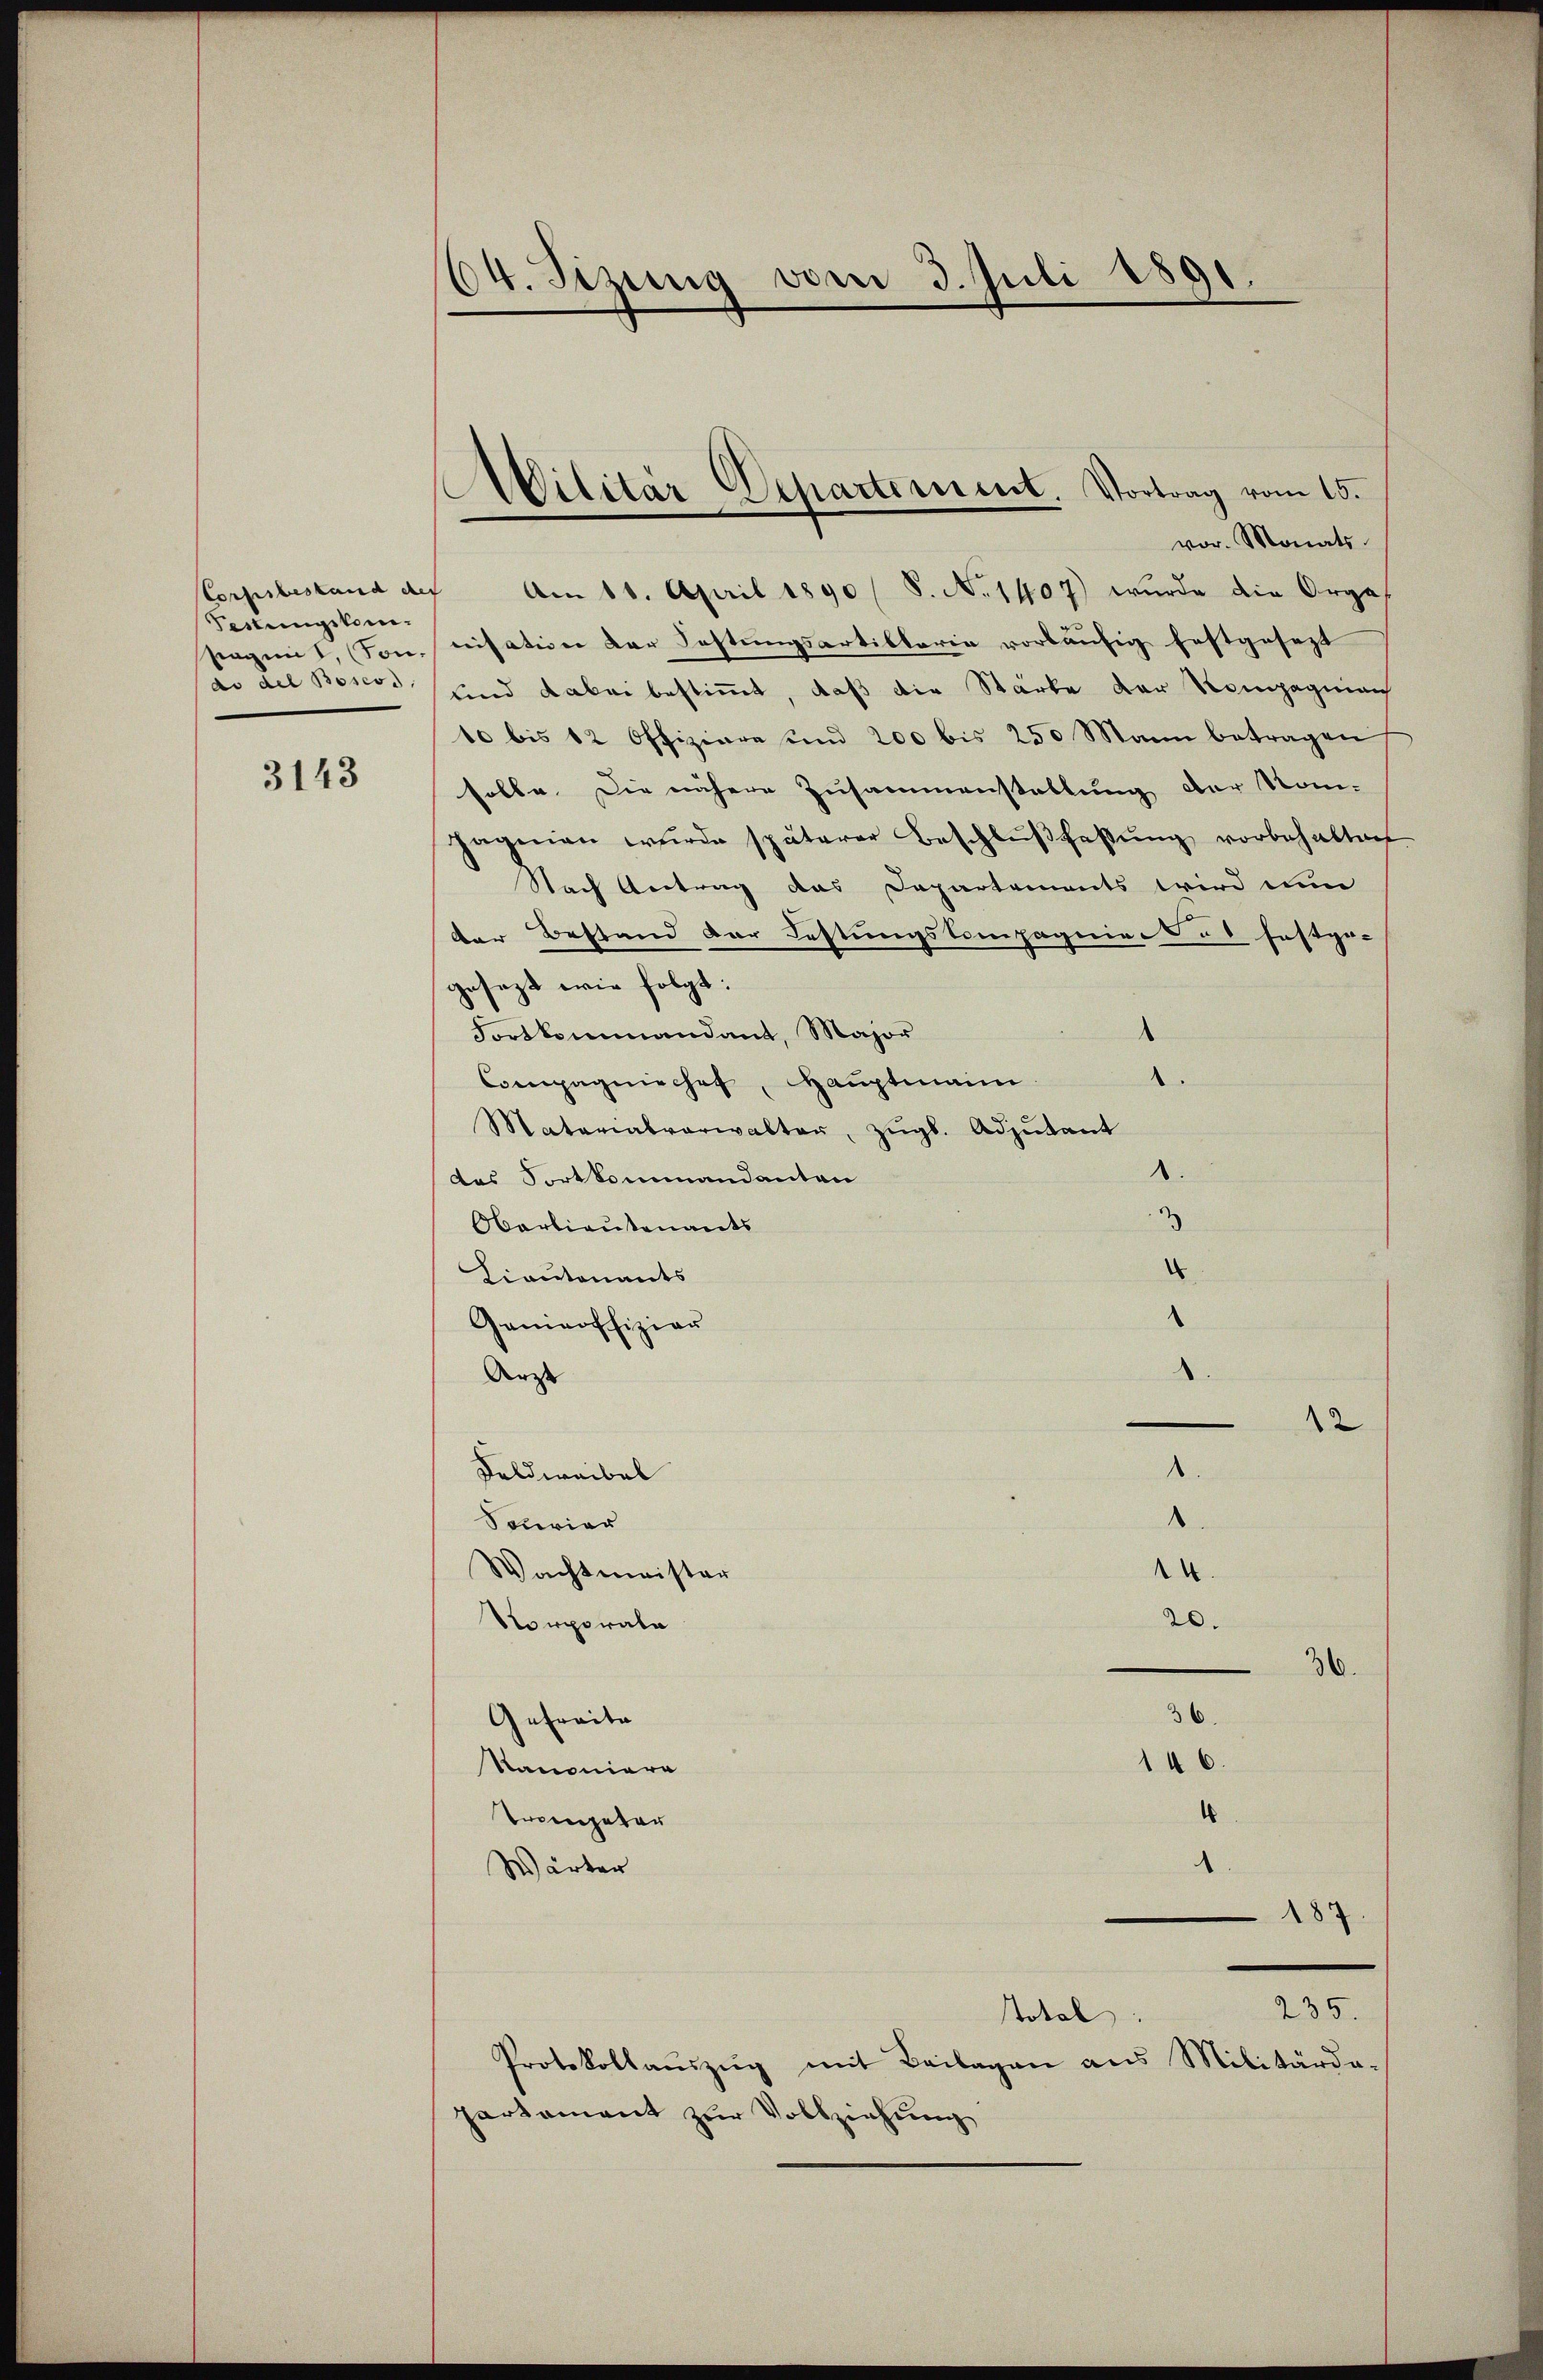
Festungskom¬

3143

64. Sizung vom 3. Juli 1891.

vor. Monats
Corpsbestand der Am 18. April 1890 / S. N. 1407) wurde die Argas
sagint, (Ton, nisation der Festungsartiklaria vorläufig festgesezt
ao del Boscos und dabei bestimmt, daß die Stärke der Kompagniarh
10 bis 12 Offiziare und 200 bis 250 Mann betragen
solle. Die nähere Zusammenstaltung der Kon-
pagnien wŭrde späterer Beschlŭβfaβŭng vorbehalten
Nach Antrag das Departements wird ein
der Bestand der Festungskompagnie es festge-
gesezt wir folgt:
Fortkommandant, Major
¬
Compagniechef, Haŭptmann.
Matarialverwalten, zŭgl. Adjutant
.
das Fortkommandanten
2
Oberlieutenants
.
Lieutenants
Ganieoffizier
Arzt |
12
.
Feldweibel
¬
Sourier
Wachtmeister
14.
20.
orporate
36.
36
Gefreite
146
Kanoniere
1
Trompeter
Wärter
187

Alilitär-Departement. Vortrag vom 15.

235.
total

Protokollaŭszŭg mit Beilagen ans Militärda-
partament zur Vollziehung